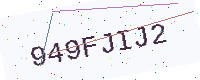
Text: 949FJIJ2